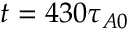
t = 4 3 0 \tau _ { A 0 }